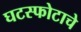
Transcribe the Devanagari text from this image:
घटस्फोटाचे